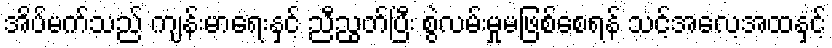
အိပ်မက်သည် ကျန်းမာရေးနှင့် ညီညွတ်ပြီး စွဲလမ်းမှုမဖြစ်စေရန် သင့်အလေ့အထနှင့်